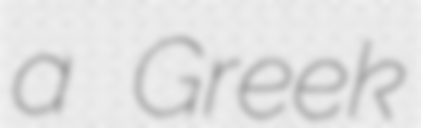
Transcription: a Greek